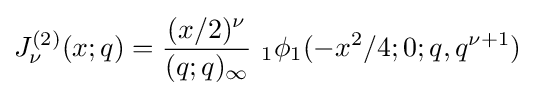
J_{\nu }^{(2)}(x;q)={\frac {(x/2)^{\nu }}{(q;q)_{\infty }}}\ _{1}\phi _{1}(-x^{2}/4;0;q,q^{\nu +1})